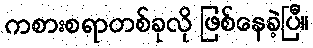
ကစားစရာတစ်ခုလို ဖြစ်နေခဲ့ပြီ။